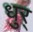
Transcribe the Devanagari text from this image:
धुर्